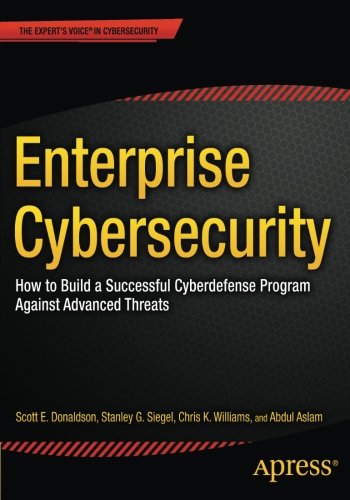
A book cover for Enterprise Cybersecurity: How to Build a Successful Cyberdefense Program Against Advanced Threats; Scott E. Donaldson; Business & Money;